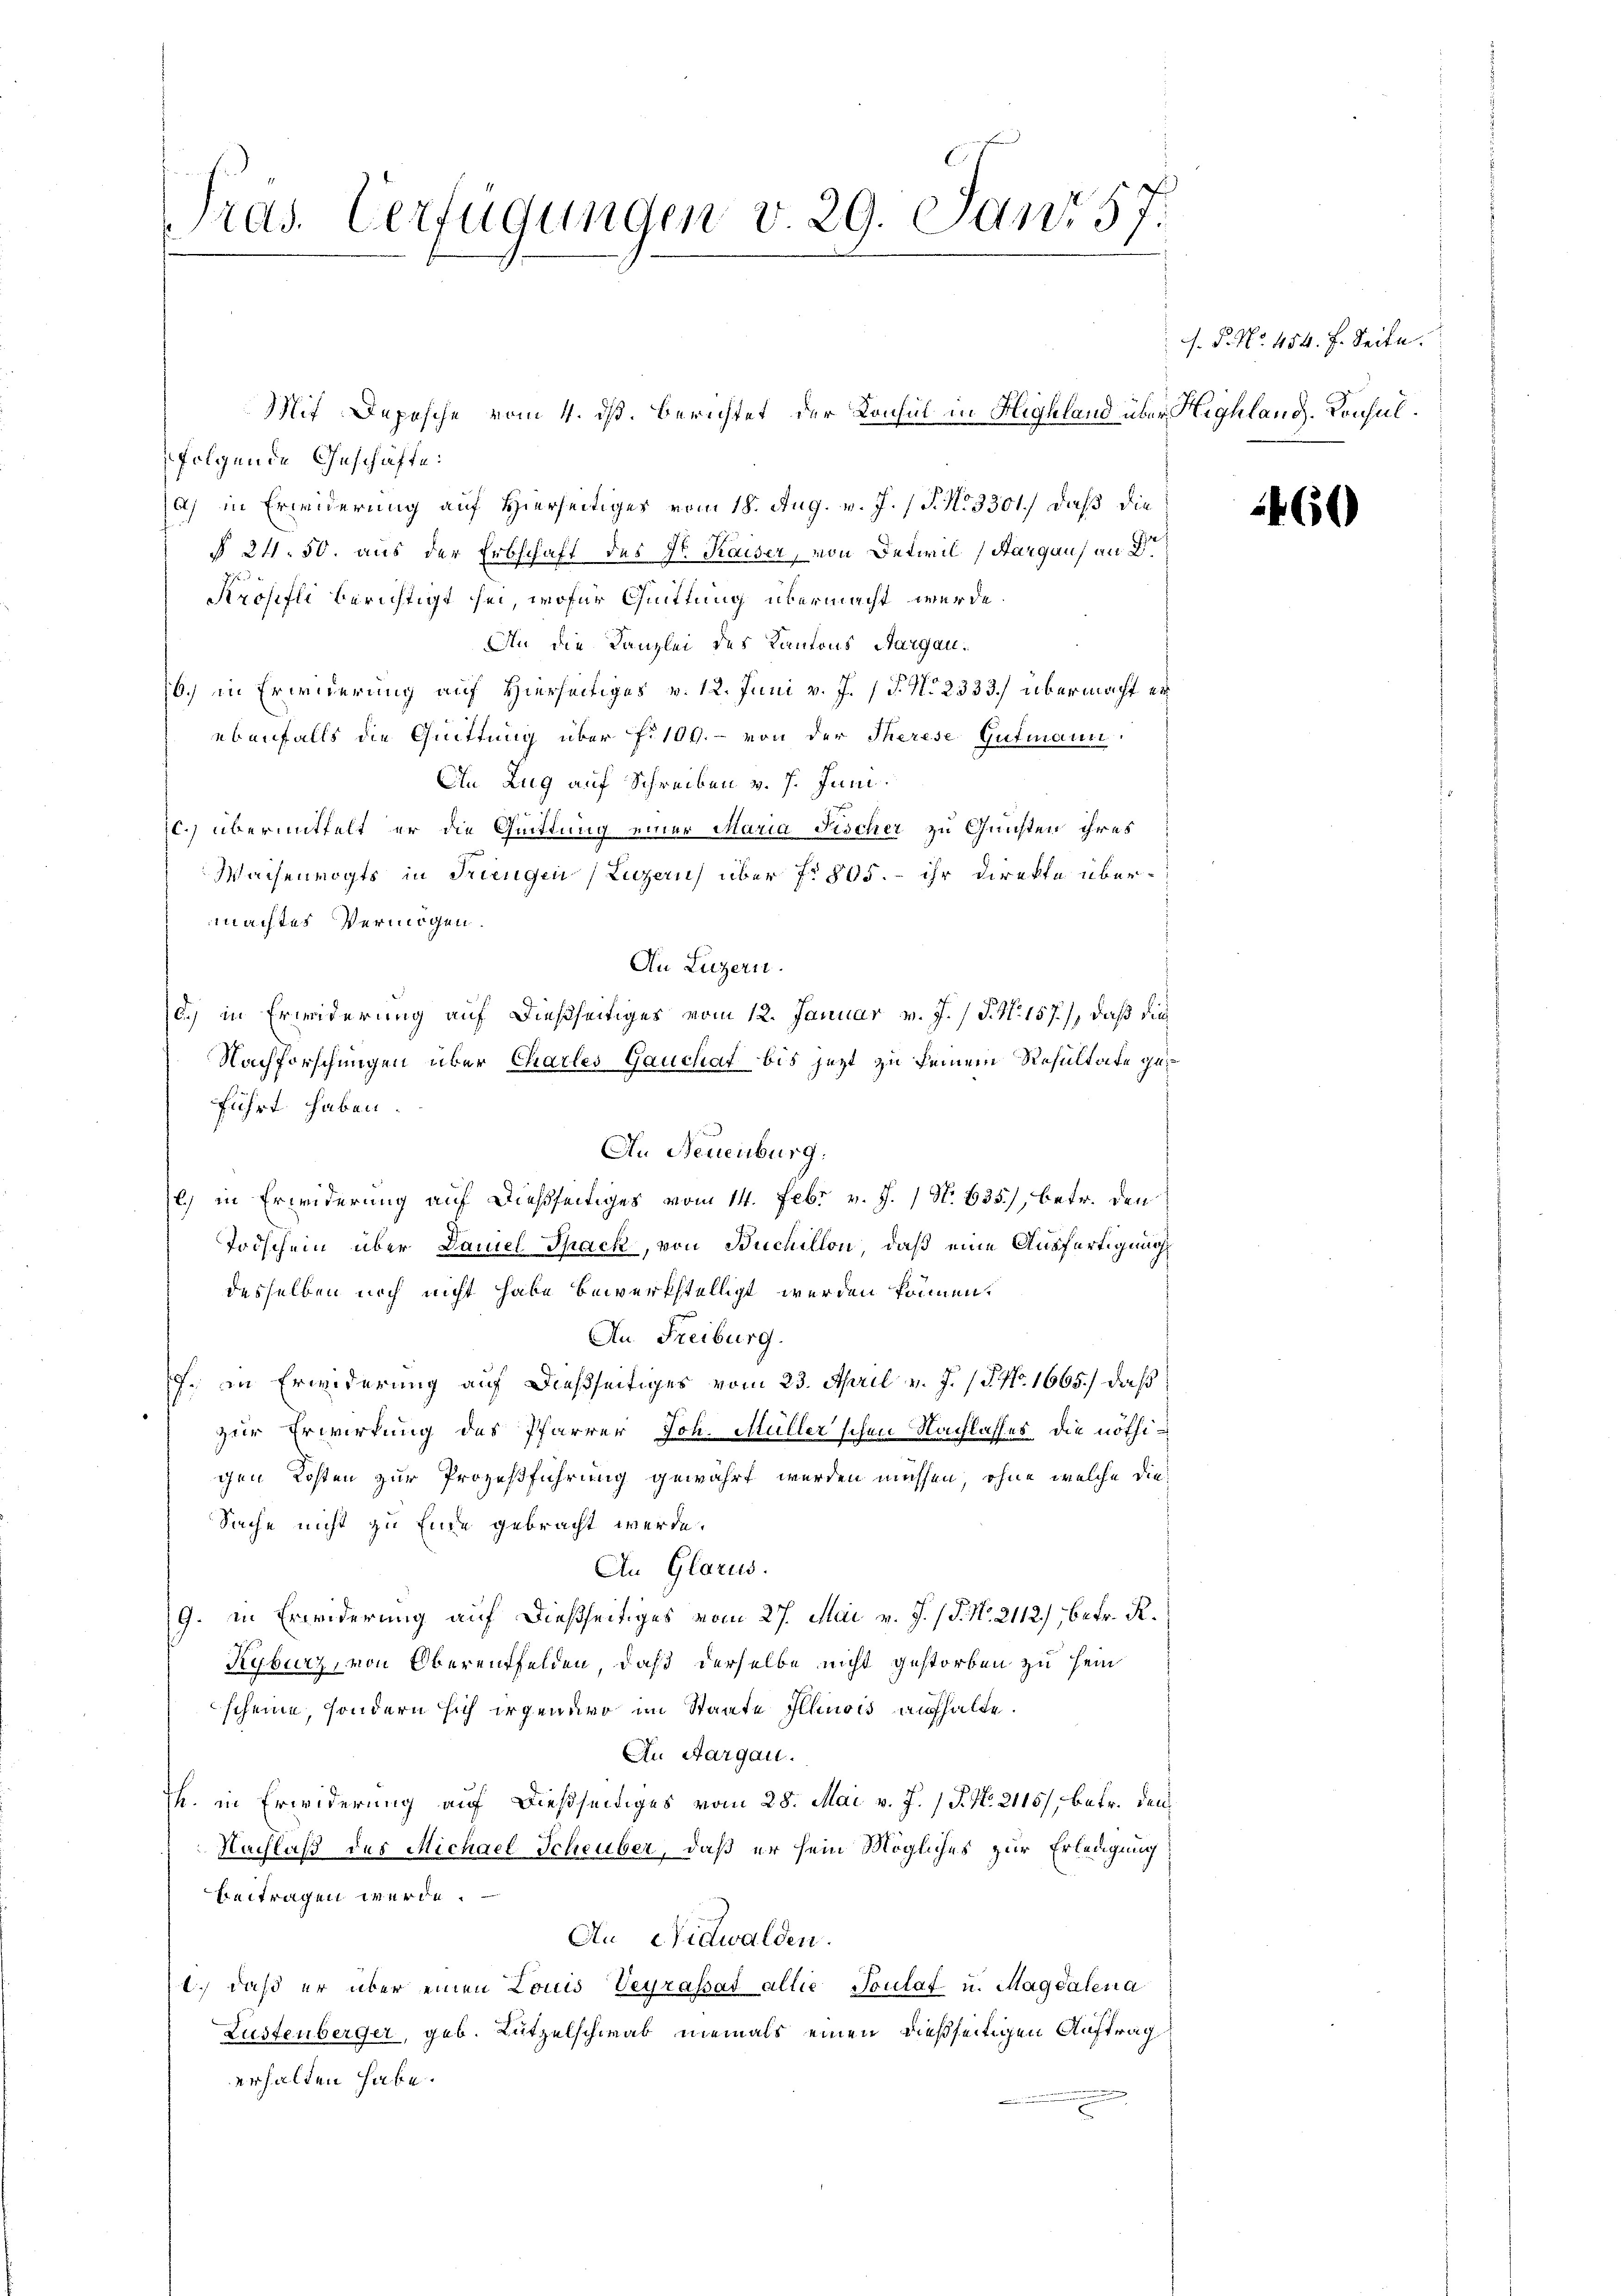
Pras. Verfügungen v. 29. Janr 57.

folgende Geschäfte:
a) in Erwiderung auf Hierseitiges vom 18. Aug. v. J. P. N. 3301.) daß die
§ 24. 50. aus der Erbschaft des Hr. Kaiser, von Oetweil (Aargaus an Dr
Krosifli berichtigt sei, wofür Quittung übermacht werde.
An die Kanzlei des Kantons Aargau.
6) in Erwiderung auf Hierseitiges v. 12. Juni v. J. 17. No 2333. übermacht er
ebenfalls die Quittung über f. 109.- von der Therese Gutmann
An Zug auf Schreiben v. 7. Juni.
c. übermittelt er die Quittung einer Maria Fischer zu Gunsten ihres
Wachenvogts in Triengen (Luzern über 1805. - ihr Direkte übermachtes Vermögen.
An Luzern.
6.) in Erwiderung auf dießseitiges vom 12. Januar v. J. P. Nr. 157), daß die
Nachforschungen über Charles Gauchat bis jetzt zu seinem Resultate geführt haben.
l) in Erwiderung auf dießseitiges vom 14. Febr. v. J. / N. 635, betr. den
Todschein über Daniel Spack, von Buchillon, daß eine Ausfertigung
desselben noch nicht habe bewerkstelligt werden können.
Au Freiburg.
f. in Erwiderung auf dießseitiges vom 23. April v. J. (T. No. 1665.) daß
zur Erwirkung des Pfarrer Joh. Müller'schen Nachlasses die nöthigen Kosten zur Prozeßführung gewährt werden müssen, ohne welche die
Sache nicht zu Ende gebracht werde.
An Glarus.
9. in Erwiderung auf dießseitiges vom 27. Mai v. J. (T. No. 2112), betr. R.
Kyburg, von Oberentfelden, daß derselbe nicht gestorben zu sein
scheine, sondern sich irgenaro im Staate Illusis aufhalte.
An Aargau.
K. in Erwiderung auf dießseitiges vom 28. Mai v. J. P. N. 2115), betr. den
Nachlaß des Michael Scheuber, daß er sein Mögliches zur Erledigung
beitragen werde.
Au Nidwalden.
.) daß er über einen Louis Veyrassat allie Toulat u. Magdalena
Lüstenberger, geb. Lützelschwak niemals einen dießseitigen Auftrag
erhalten habe.

Mit Depesche vom 4. ds. berichtet der Konsul in Highland über Highland. Konsul¬

An Neuenburg.

.P. No. 454. f. Seite.

2460